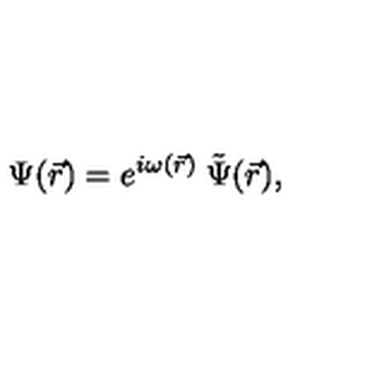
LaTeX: \Psi ( \vec { r } ) = e ^ { i \omega ( \vec { r } ) } \: \tilde { \Psi } ( \vec { r } ) ,